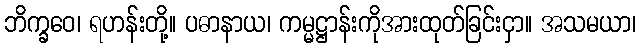
ဘိက္ခဝေ၊ ရဟန်းတို့။ ပဓာနာယ၊ ကမ္မဋ္ဌာန်းကိုအားထုတ်ခြင်းငှာ။ အသမယာ၊